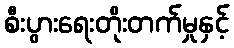
စီးပွားရေးတိုးတက်မှုနှင့်